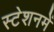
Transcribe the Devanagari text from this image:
स्टेशनमें